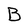
Character: B